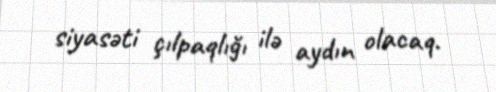
siyasəti çılpaqlığı ilə aydın olacaq.